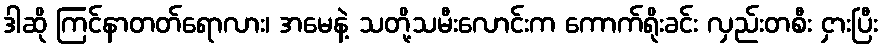
ဒါဆို ကြင်နာတတ်ရောလား၊ အမေနဲ့ သတို့သမီးလောင်းက ကောက်ရိုးခင်း လှည်းတစီး ငှားပြီး